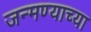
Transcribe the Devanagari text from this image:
जन्मण्याच्या